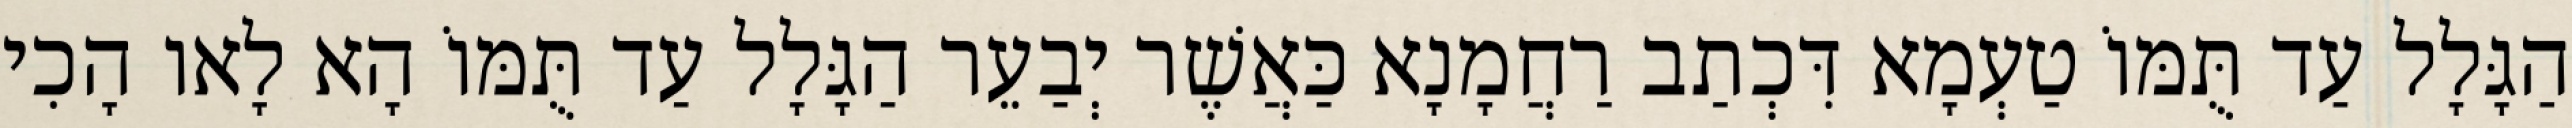
הַגָּלָל עַד תֻּמּוֹ טַעְמָא דִּכְתַב רַחֲמָנָא כַּאֲשֶׁר יְבַעֵר הַגָּלָל עַד תֻּמּוֹ הָא לָאו הָכִי